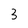
Character: 3